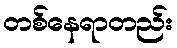
တစ်နေရာတည်း